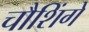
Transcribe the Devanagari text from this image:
चौशिंगे